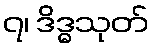
၇၊ ဒိဒ္ဓသုတ်